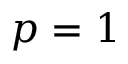
p = 1